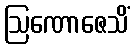
ဩဏောဇေသိံ